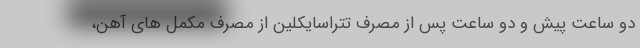
دو ساعت پیش و دو ساعت پس از مصرف تتراسایکلین از مصرف مکمل های آهن،